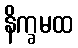
နိက္ခမထ